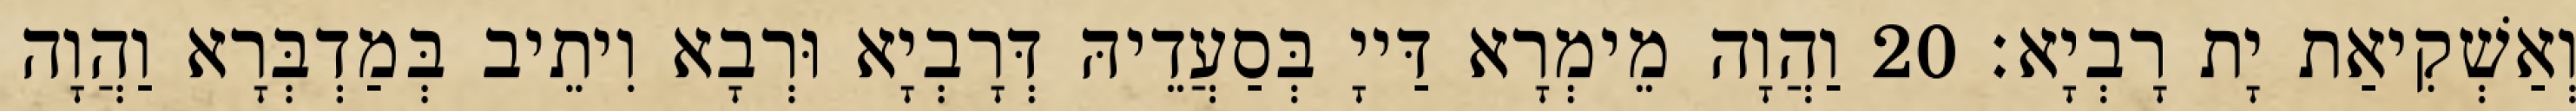
וְאַשְׁקִיאַת יָת רָבְיָא׃ 20 וַהֲוָה מֵימְרָא דַּייָ בְּסַעֲדֵיהּ דְּרָבְיָא וּרְבָא וִיתֵיב בְּמַדְבְּרָא וַהֲוָה